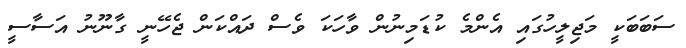
ސަބަބަކީ މަޖިލީހުގައި އެންމެ ކުޑަމިނުން ވާހަކަ ވެސް ދައްކަން ޖެހޭނީ ގާނޫނު އަސާސީ